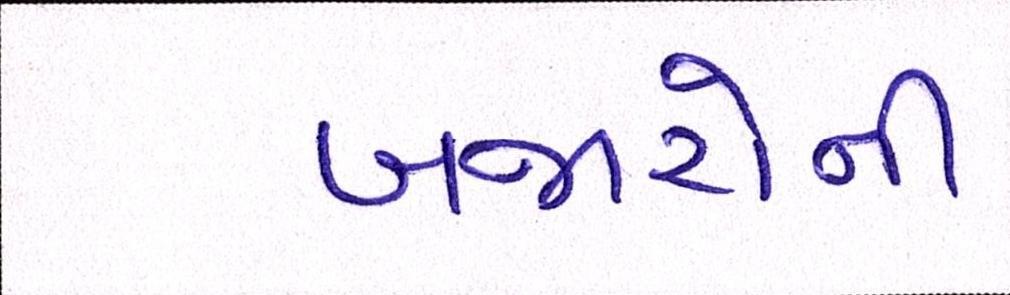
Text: બજારોની